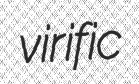
virific